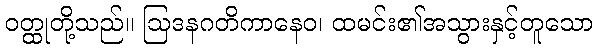
ဝတ္ထုတို့သည်။ ဩဒနဂတိကာနေဝ၊ ထမင်း၏အသွားနှင့်တူသော